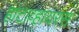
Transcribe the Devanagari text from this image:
हांटाव्हायरस